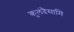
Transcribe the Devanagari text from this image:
कुलंदैसामि